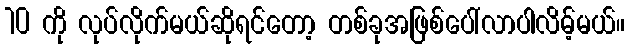
10 ကို လုပ်လိုက်မယ်ဆိုရင်တော့ တစ်ခုအဖြစ်ပေါ်လာပါလိမ့်မယ်။